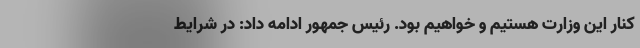
کنار این وزارت هستیم و خواهیم بود. رئیس جمهور ادامه داد: در شرایط